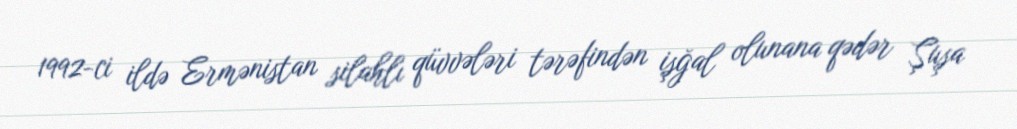
1992-ci ildə Ermənistan silahlı qüvvələri tərəfindən işğal olunana qədər Şuşa